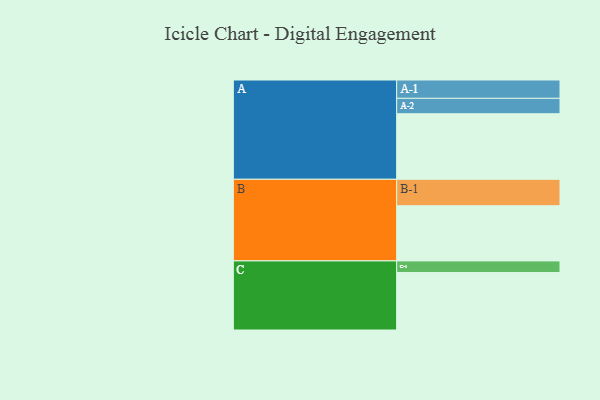
{"axis": {"x": "Segment", "y": "Value"}, "legend": ["", "A", "B", "C"], "data": [{"x": "A", "y": 590, "type": ""}, {"x": "B", "y": 497, "type": ""}, {"x": "C", "y": 518, "type": ""}, {"x": "A-1", "y": 165, "type": "A"}, {"x": "A-2", "y": 139, "type": "A"}, {"x": "B-1", "y": 238, "type": "B"}, {"x": "C-1", "y": 104, "type": "C"}]}